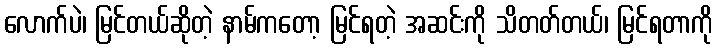
လောက်ပဲ၊ မြင်တယ်ဆိုတဲ့ နာမ်ကတော့ မြင်ရတဲ့ အဆင်းကို သိတတ်တယ်၊ မြင်ရတာကို